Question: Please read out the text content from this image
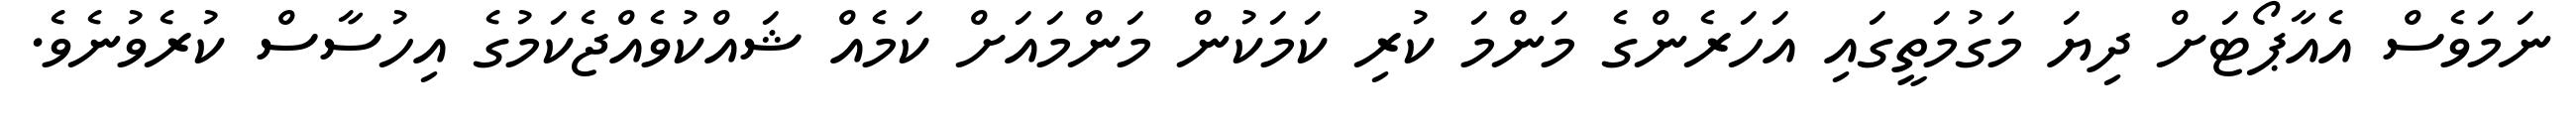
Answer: ނަމަވެސް އެއާޕޯޓަށް ދިޔަ މަގުމަތީގައި އަހަރެންގެ މަންމަ ކުރި ކަމަކުން މަންމައަށް ކަމެއް ޝައްކުވެއްޖެކަމުގެ އިހުސާސް ކުރެވުނެވެ.